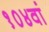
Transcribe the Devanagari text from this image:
१०४वां